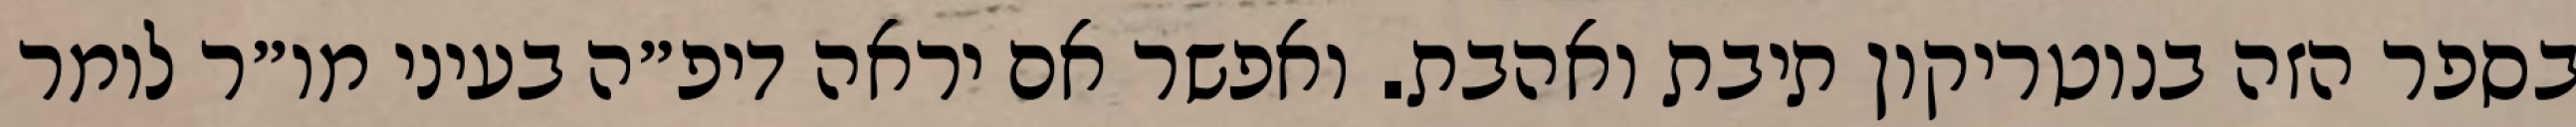
בספר הזה בנוטריקון תיבת ואהבת. ואפשר אם יראה דיפ״ה בעיני מו״ר לומר